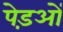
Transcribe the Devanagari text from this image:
पेड़ओं